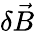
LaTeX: \delta\vec{B}